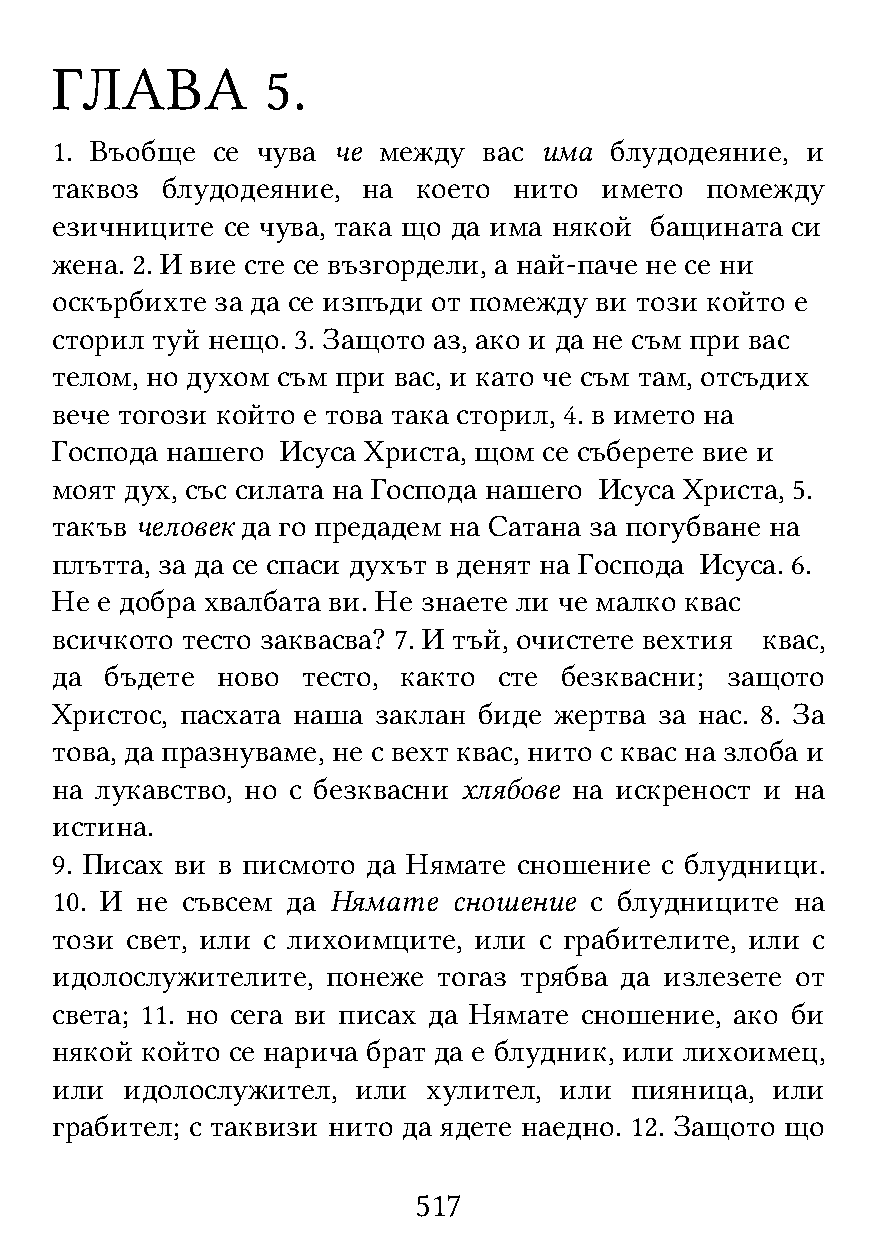
ГЛАВА          5.
 1. Въобще  се чува че между  вас има блудодеяние, и
 таквоз  блудодеяние, на  което нито  името  помежду
 езичниците  се чува, така що да има някой бащината си
 жена. 2. И вие сте се възгордели, а най-паче не се ни
 оскърбихте за да се изпъди от помежду ви този който е
 сторил туй нещо. 3. Защото аз, ако и да не съм при вас
 телом, но духом съм при вас, и като че съм там, отсъдих
 вече тогози който е това така сторил, 4. в името на
 Господа нашего  Исуса Христа, щом се съберете вие и
 моят дух, със силата на Господа нашего Исуса Христа, 5.
 такъв человек да го предадем на Сатана за погубване на
 плътта, за да се спаси духът в денят на Господа Исуса. 6.
 Не е добра хвалбата ви. Не знаете ли че малко квас
 всичкото тесто заквасва? 7. И тъй, очистете вехтия квас,
 да  бъдете ново  тесто, както сте безквасни; защото
 Христос, пасхата наша заклан биде жертва за нас. 8. За
 това, да празнуваме, не с вехт квас, нито с квас на злоба и
 на лукавство, но с безквасни хлябове на искреност и на
 истина.
 9. Писах ви в писмото да Нямате сношение с блудници.
 10. И не съвсем да Нямате  сношение с блудниците  на
 този свет, или с лихоимците, или с грабителите, или с
 идолослужителите,  понеже тогаз трябва да излезете от
 света; 11. но сега ви писах да Нямате сношение, ако би
 някой който се нарича брат да е блудник, или лихоимец,
 или  идолослужител,  или хулител, или  пияница, или
 грабител; с таквизи нито да ядете наедно. 12. Защото що
 517